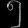
Digit: ၅